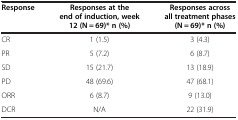
<table><thead><tr><td><b>Response</b></td><td><b>Responses at the end of induction, week 12 (N = 69)* n (%)</b></td><td><b>Responses across all treatment phases (N = 69)* n (%)</b></td></tr></thead><tbody><tr><td>CR</td><td>1 (1.5)</td><td>3 (4.3)</td></tr><tr><td>PR</td><td>5 (7.2)</td><td>6 (8.7)</td></tr><tr><td>SD</td><td>15 (21.7)</td><td>13 (18.9)</td></tr><tr><td>PD</td><td>48 (69.6)</td><td>47 (68.1)</td></tr><tr><td>ORR</td><td>6 (8.7)</td><td>9 (13.0)</td></tr><tr><td>DCR</td><td>N/A</td><td>22 (31.9)</td></tr></tbody></table>